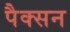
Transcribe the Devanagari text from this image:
पैक्सन